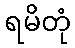
ရမိတုံ